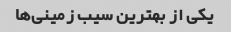
یکی از بهترین سیب زمینی‌ها